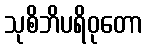
သုစိဘိပရိဝုတော